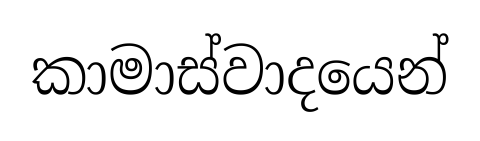
කාමාස්වාදයෙන්